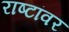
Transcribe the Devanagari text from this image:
राष्टांवर